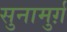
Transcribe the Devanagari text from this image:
सुनामुर्ग़